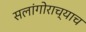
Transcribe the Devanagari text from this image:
सलांगोराच्याच